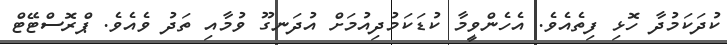
ކުދަކަމުދާ ހޮޅި ފިތެއެވެ. އެހެންވީމާ ކުޑަކަމުދިއުމަށް އުދަނގޫ ވުމާއި ތަދު ވެއެވެ. ޕްރޮސްޓޭޓް